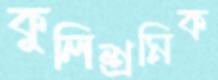
কুলিশ্রমিক